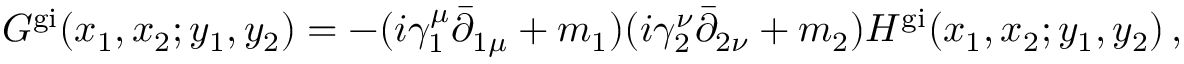
G ^ { \mathrm { g i } } ( x _ { 1 } , x _ { 2 } ; y _ { 1 } , y _ { 2 } ) = - ( i \gamma _ { 1 } ^ { \mu } \bar { \partial } _ { 1 \mu } + m _ { 1 } ) ( i \gamma _ { 2 } ^ { \nu } \bar { \partial } _ { 2 \nu } + m _ { 2 } ) H ^ { \mathrm { g i } } ( x _ { 1 } , x _ { 2 } ; y _ { 1 } , y _ { 2 } ) \, ,